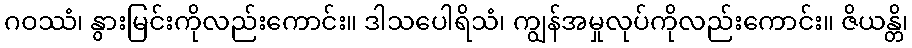
ဂဝဿံ၊ နွားမြင်းကိုလည်းကောင်း။ ဒါသပေါရိသံ၊ ကျွန်အမှုလုပ်ကိုလည်းကောင်း။ ဇိယန္တိ၊